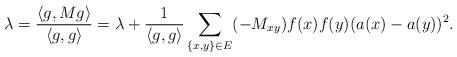
LaTeX: \begin{align*} \lambda=\frac{\langle g, Mg\rangle}{\langle g,g\rangle}=\lambda+\frac{1}{\langle g,g\rangle}\sum_{\{x,y\}\in E}(-M_{xy})f(x)f(y)(a(x)-a(y))^2.\end{align*}